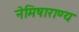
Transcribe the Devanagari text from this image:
नेमिषाराण्य